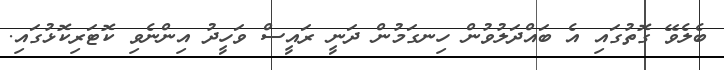
ބެލެވޭ ގޮތުގައި އެ ބައްދަލުވުން ހިނގަމުން ދަނީ ރައީސް ވަހީދު އިންނެވި ކޮޓަރިކޮޅުގައި.